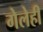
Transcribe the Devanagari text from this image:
गेलेही